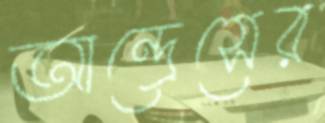
আন্দ্রেসের